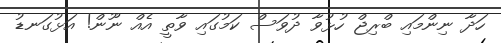
ހަދާ ނިންމައި ބްރިޖް ހުޅުވާ ދުވަސް ކަމުގައި ވާތީ އެއް ނޫން! އަޅުގަނޑު